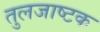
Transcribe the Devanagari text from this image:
तुलजाष्टक